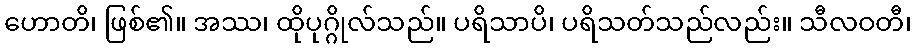
ဟောတိ၊ ဖြစ်၏။ အဿ၊ ထိုပုဂ္ဂိုလ်သည်။ ပရိသာပိ၊ ပရိသတ်သည်လည်း။ သီလဝတီ၊